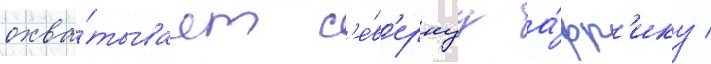
охва́тывает с'е́в'ернуу а́фр'ику /